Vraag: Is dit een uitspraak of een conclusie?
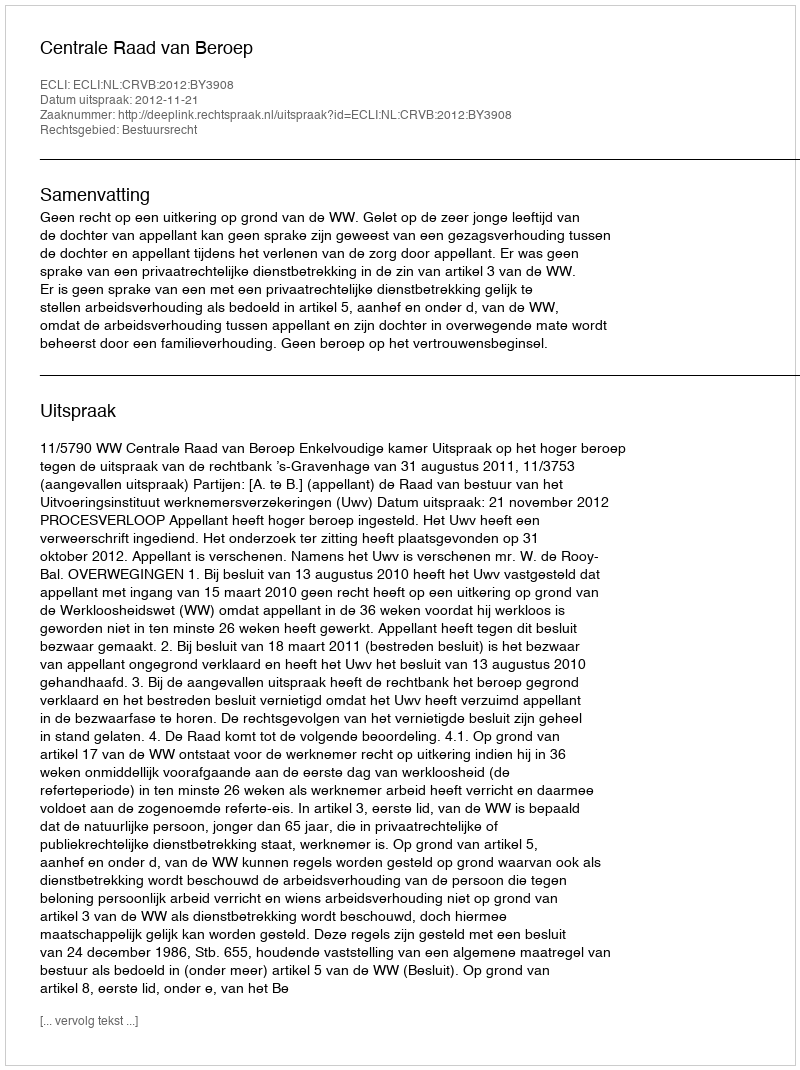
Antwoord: Uitspraak